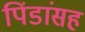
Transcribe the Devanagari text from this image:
पिंडांसह